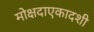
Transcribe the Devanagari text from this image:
मोक्षदाएकादशी